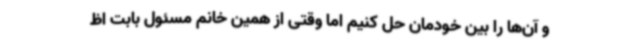
و آن‌ها را بین خودمان حل کنیم اما وقتی از همین خانم مسئول بابت اظ